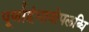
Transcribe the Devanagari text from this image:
पूर्णाहंभावोपलब्धि